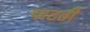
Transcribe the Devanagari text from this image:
पाटर्ठी